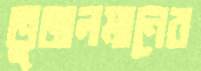
তুজলমানের